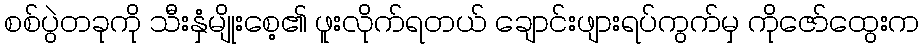
စစ်ပွဲတခုကို သီးနှံမျိုးစေ့၏ ဖူးလိုက်ရတယ် ချောင်းဖျားရပ်ကွက်မှ ကိုဇော်ထွေးက